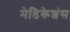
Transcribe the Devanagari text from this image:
मेडिकेशंस